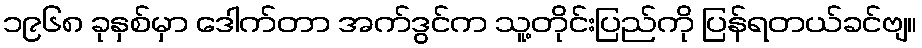
၁၉၆၈ ခုနှစ်မှာ ဒေါက်တာ အက်ဒွင်က သူ့တိုင်းပြည်ကို ပြန်ရတယ်ခင်ဗျ။